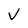
Character: V